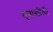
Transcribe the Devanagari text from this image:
सुवाखोली